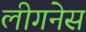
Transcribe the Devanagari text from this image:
लीगनेस